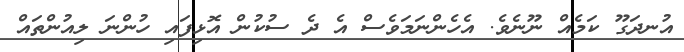
އުނދަގޫ ކަމެއް ނޫނެވެ. އެހެންނަމަވެސް އެ ދެ ސުކުން އޮޅިފައި ހުންނަ ލިއުންތައް